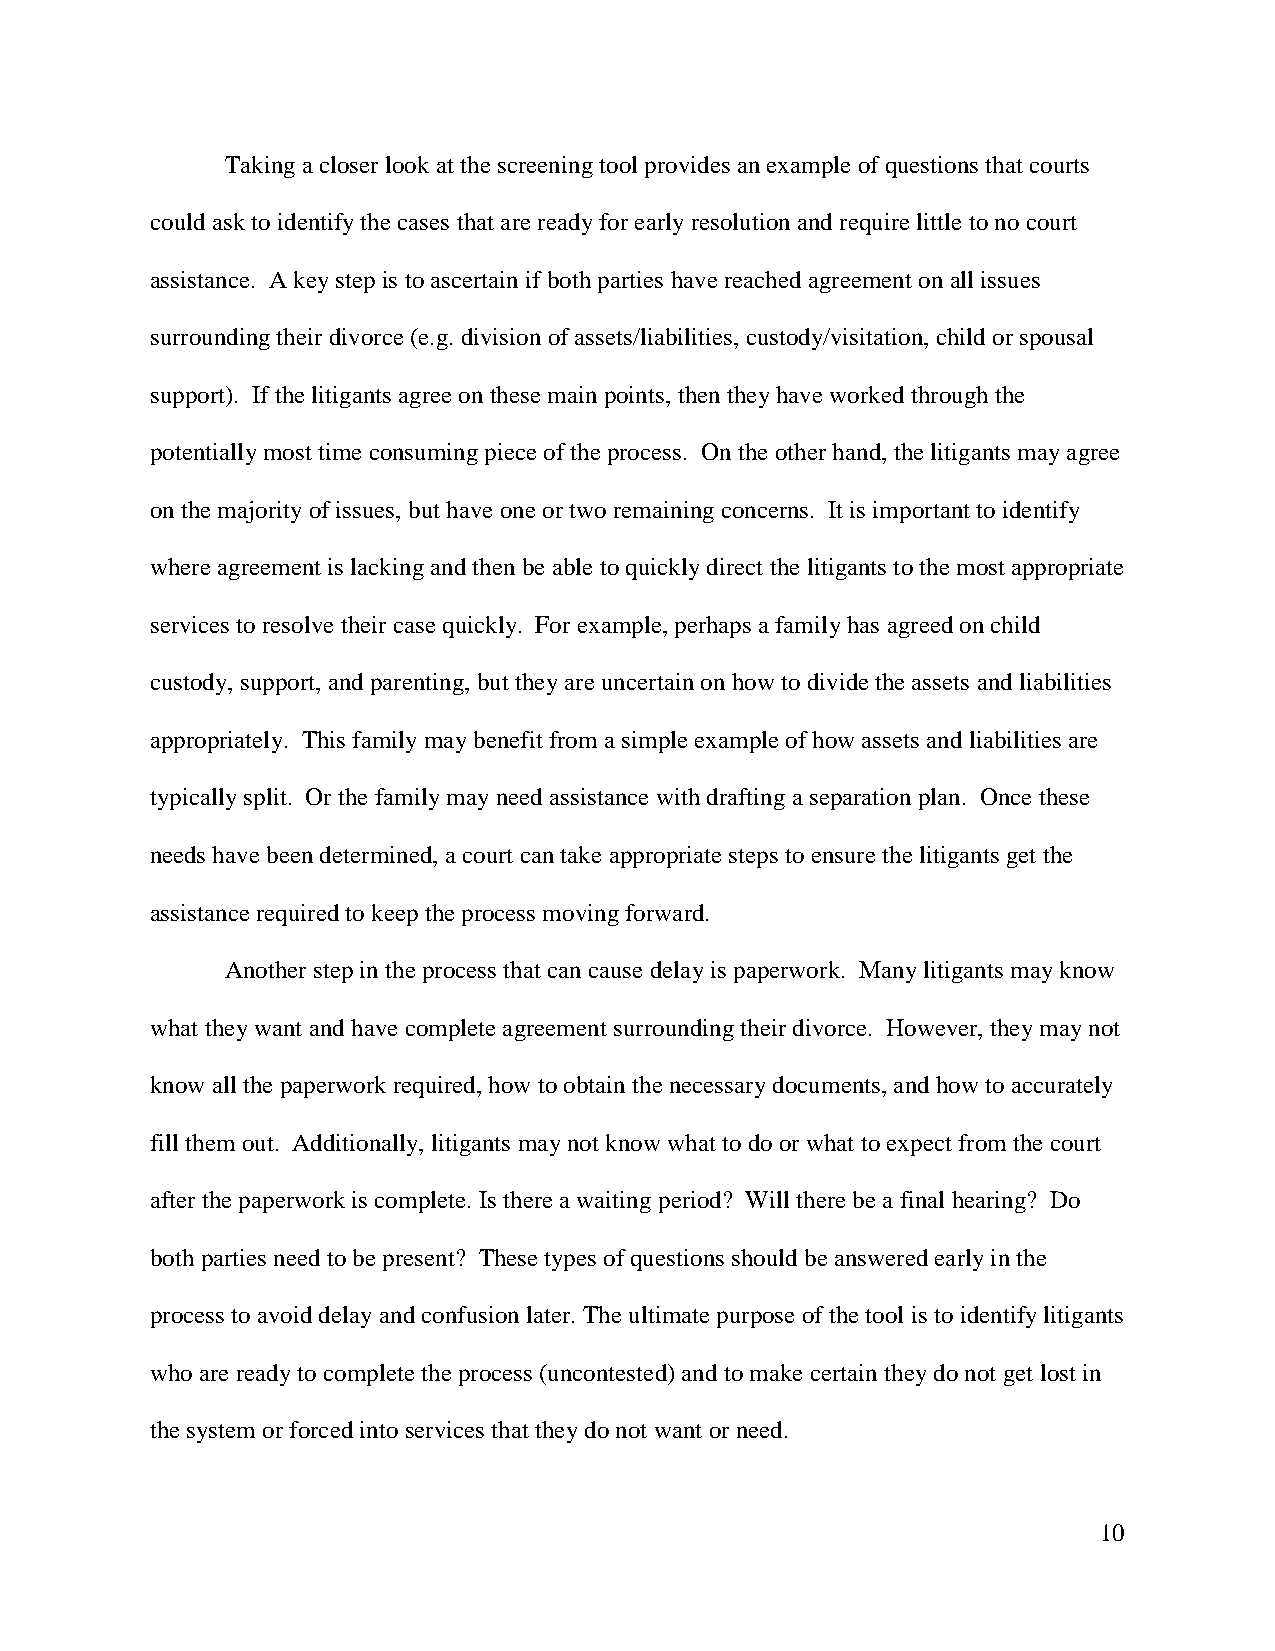
Taking a closer look at the screening tool provides an example of questions that courts
 could ask to identify the cases that are ready for early resolution and require little to no court
 assistance. A key step is to ascertain if both parties have reached agreement on all issues
 surrounding their divorce (e.g. division of assets/liabilities, custody/visitation, child or spousal
 support). If the litigants agree on these main points, then they have worked through the
 potentially most time consuming piece of the process. On the other hand, the litigants may agree
 on the majority of issues, but have one or two remaining concerns. It is important to identify
 where agreement is lacking and then be able to quickly direct the litigants to the most appropriate
 services to resolve their case quickly. For example, perhaps a family has agreed on child
 custody, support, and parenting, but they are uncertain on how to divide the assets and liabilities
 appropriately. This family may benefit from a simple example of how assets and liabilities are
 typically split. Or the family may need assistance with drafting a separation plan. Once these
 needs have been determined, a court can take appropriate steps to ensure the litigants get the
 assistance required to keep the process moving forward.
 Another step in the process that can cause delay is paperwork. Many litigants may know
 what they want and have complete agreement surrounding their divorce. However, they may not
 know all the paperwork required, how to obtain the necessary documents, and how to accurately
 fill them out. Additionally, litigants may not know what to do or what to expect from the court
 after the paperwork is complete. Is there a waiting period? Will there be a final hearing? Do
 both parties need to be present? These types of questions should be answered early in the
 process to avoid delay and confusion later. The ultimate purpose of the tool is to identify litigants
 who are ready to complete the process (uncontested) and to make certain they do not get lost in
 the system or forced into services that they do not want or need.
 10